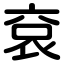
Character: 袞